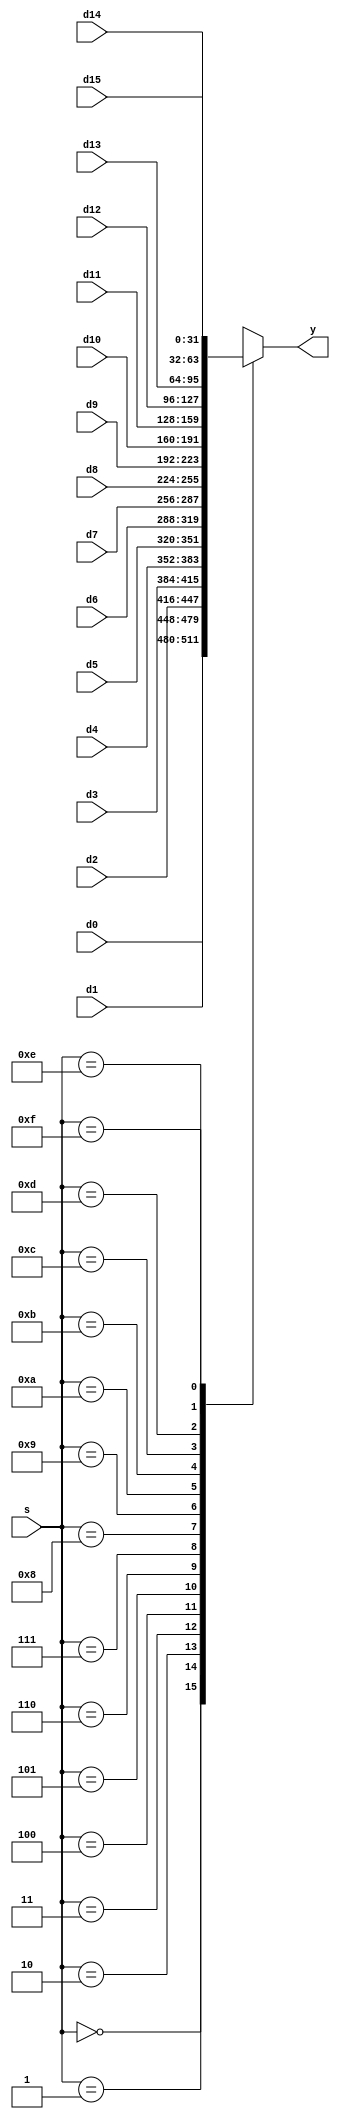
module Mux(s, y, d0, d1, d2, d3, d4, d5, d6, d7, d8, d9, d10, d11, d12, d13, d14, d15);
	parameter width = 32, signWidth = 4;
	
	input [signWidth - 1:0] s;
	input [width - 1:0] d0;
	input [width - 1:0] d1;
	input [width - 1:0] d2;
	input [width - 1:0] d3;
	input [width - 1:0] d4;
	input [width - 1:0] d5;
	input [width - 1:0] d6;
	input [width - 1:0] d7;
	input [width - 1:0] d8;
	input [width - 1:0] d9;
	input [width - 1:0] d10;
	input [width - 1:0] d11;
	input [width - 1:0] d12;
	input [width - 1:0] d13;
	input [width - 1:0] d14;
	input [width - 1:0] d15;
	output reg [width - 1:0] y;
	
	initial
		begin
		y = 0;
		end
	
	always@(*)
		begin
		case(s)
			0:
				begin
				y = d0;
				end
			1:
				begin
				y = d1;
				end
			2:
				begin
				y = d2;
				end
			3:
				begin
				y = d3;
				end
			4:
				begin
				y = d4;
				end
			5:
				begin
				y = d5;
				end
			6:
				begin
				y = d6;
				end
			7:
				begin
				y = d7;
				end
			8:
				begin
				y = d8;
				end
			9:
				begin
				y = d9;
				end
			10:
				begin
				y = d10;
				end
			11:
				begin
				y = d11;
				end
			12:
				begin
				y = d12;
				end
			13:
				begin
				y = d13;
				end
			14:
				begin
				y = d14;
				end
			15:
				begin
				y = d15;
				end
			default:
				begin
				y = 0;
				end
		endcase
		end
endmodule